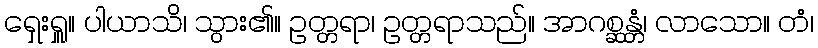
ရှေးရှူ။ ပါယာသိ၊ သွား၏။ ဥတ္တရာ၊ ဥတ္တရာသည်။ အာဂစ္ဆန္တံ၊ လာသော။ တံ၊